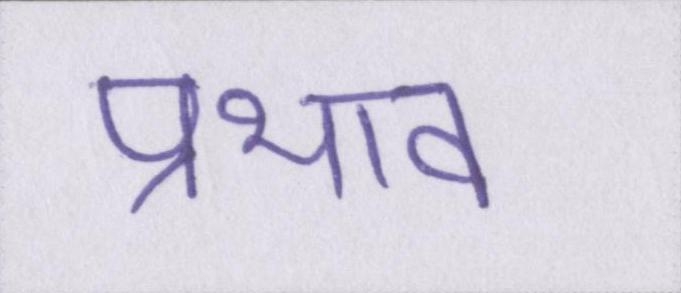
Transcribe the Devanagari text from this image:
प्रभाव